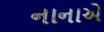
નાનાએ